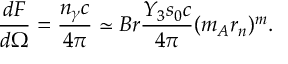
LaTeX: \frac { d { \cal F } } { d \Omega } = \frac { n _ { \gamma } c } { 4 \pi } \simeq B r \frac { Y _ { 3 } s _ { 0 } c } { 4 \pi } ( m _ { A } r _ { n } ) ^ { m } .